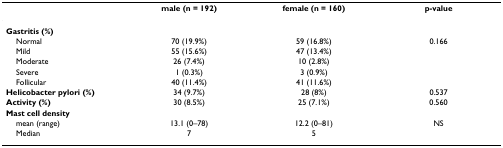
<table><thead><tr><td></td><td><b>male (n = 192)</b></td><td><b>female (n = 160)</b></td><td><b>p-value</b></td></tr></thead><tbody><tr><td><b>Gastritis (%)</b></td><td></td><td></td><td></td></tr><tr><td> Normal</td><td>70 (19.9%)</td><td>59 (16.8%)</td><td>0.166</td></tr><tr><td> Mild</td><td>55 (15.6%)</td><td>47 (13.4%)</td><td></td></tr><tr><td> Moderate</td><td>26 (7.4%)</td><td>10 (2.8%)</td><td></td></tr><tr><td> Severe</td><td>1 (0.3%)</td><td>3 (0.9%)</td><td></td></tr><tr><td> Follicular</td><td>40 (11.4%)</td><td>41 (11.6%)</td><td></td></tr><tr><td><b>Helicobacter pylori (%)</b></td><td>34 (9.7%)</td><td>28 (8%)</td><td>0.537</td></tr><tr><td><b>Activity (%)</b></td><td>30 (8.5%)</td><td>25 (7.1%)</td><td>0.560</td></tr><tr><td><b>Mast cell density</b></td><td></td><td></td><td></td></tr><tr><td> mean (range)</td><td>13.1 (0–78)</td><td>12.2 (0–81)</td><td>NS</td></tr><tr><td> Median</td><td>7</td><td>5</td><td></td></tr></tbody></table>